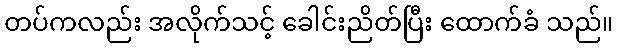
တပ်ကလည်း အလိုက်သင့် ခေါင်းညိတ်ပြီး ထောက်ခံ သည်။